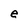
Character: e